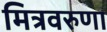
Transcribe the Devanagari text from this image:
मित्रवरुणा